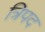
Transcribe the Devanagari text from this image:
त्रिपद